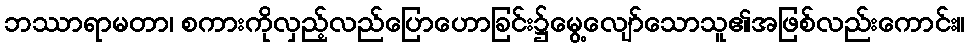
ဘဿာရာမတာ၊ စကားကိုလှည့်လည်ပြောဟောခြင်း၌မွေ့လျော်သောသူ၏အဖြစ်လည်းကောင်း။